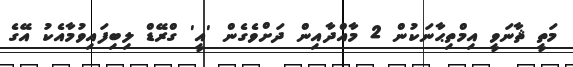
މަތީ ޘާނަވީ އިމްތިޙާނަކުން 2 މާއްދާއިން ދަށްވެގެން 'އީ' ގްރޭޑް ލިބިފައިވުމާއެކު އޭގެ